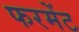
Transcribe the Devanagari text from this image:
फरमेंट